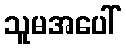
သူမအပေါ်